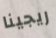
ريجينا